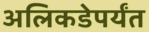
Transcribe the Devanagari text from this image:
अलिकडेपर्यंत